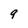
Character: q